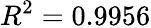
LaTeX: R^{2}=0.9956